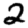
Digit: 2